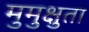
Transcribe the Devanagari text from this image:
मुमुक्षुता